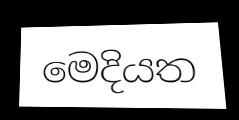
මෙදියත